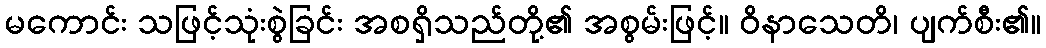
မကောင်း သဖြင့်သုံးစွဲခြင်း အစရှိသည်တို့၏ အစွမ်းဖြင့်။ ဝိနာသေတိ၊ ပျက်စီး၏။